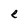
Character: e